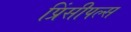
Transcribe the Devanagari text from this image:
प्रिंसीपल्स